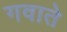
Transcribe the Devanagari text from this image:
गवाते